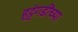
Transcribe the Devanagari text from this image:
हट्टंगडींच्या